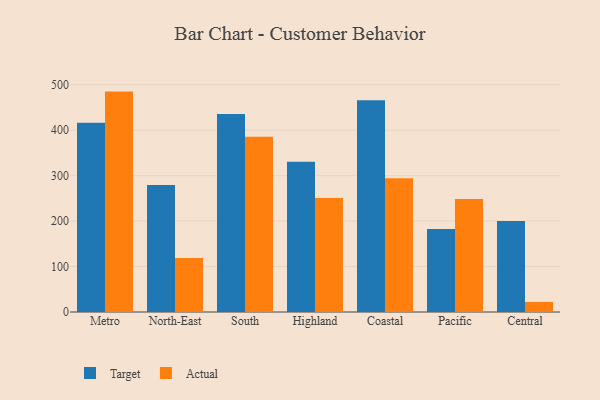
{"axis": {"x": "Region", "y": "Active Users"}, "legend": ["Actual", "Target"], "data": [{"x": "Metro", "y": 416.2, "type": "Target"}, {"x": "Metro", "y": 485.0, "type": "Actual"}, {"x": "North-East", "y": 279.5, "type": "Target"}, {"x": "North-East", "y": 118.9, "type": "Actual"}, {"x": "South", "y": 435.6, "type": "Target"}, {"x": "South", "y": 385.9, "type": "Actual"}, {"x": "Highland", "y": 330.6, "type": "Target"}, {"x": "Highland", "y": 250.8, "type": "Actual"}, {"x": "Coastal", "y": 466.1, "type": "Target"}, {"x": "Coastal", "y": 294.5, "type": "Actual"}, {"x": "Pacific", "y": 182.5, "type": "Target"}, {"x": "Pacific", "y": 248.8, "type": "Actual"}, {"x": "Central", "y": 200.5, "type": "Target"}, {"x": "Central", "y": 22.2, "type": "Actual"}]}